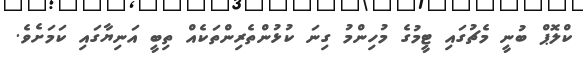
ކްލޮޕް ބުނީ މެޗުގައި ޓީމުގެ މުހިންމު ގިނަ ކުޅުންތެރިންތަކެއް ތިބީ އަނިޔާގައި ކަމަށެވެ.